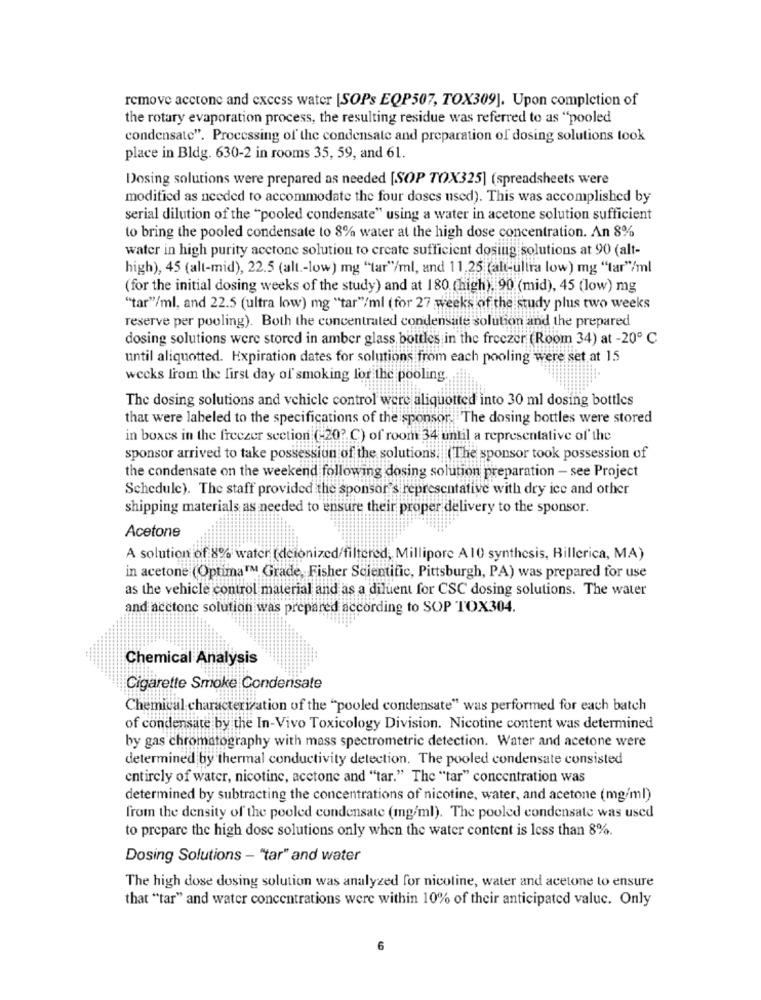
remove acetone and excess water [SOPs EQP507, TOX309]. Upon completion of
the rotary evaporation process, the resulting residue was referred to as "pooled
condensate". Processing of the condensate and preparation of dosing solutions took
place in Bldg. 630-2 in rooms 35, 59, and 61.
Dosing solutions were prepared as needed [SOP TOX325] (spreadsheets were
modified as needed to accommodate the four doses used). This was accomplished by
serial dilution of the "pooled condensate" using a water in acetone solution sufficient
to bring the pooled condensate to 8% water at the high dose concentration. An 8%
water in high purity acetone solution to create sufficient dosing solutions at 90 (alt-
high), 45 (alt-mid), 22.5 (alt .- low) mg "tar"/ml, and 11,25 (alt-ultra low) mg "tar"/ml
(for the initial dosing weeks of the study) and at 180 (high), 90 (mid), 45 (low) mg
"tar"/ml, and 22.5 (ultra low) mg "tar"/ml ( for 27 weeks of the study plus two weeks
reserve per pooling). Both the concentrated condensate solution and the prepared
dosing solutions were stored in amber glass bottles in the freezer (Room 34) at -20º C
until aliquotted. Expiration dates for solutions from each pooling were set at 15
wecks from the first day of smoking for the pooling.
The dosing solutions and vehicle control were aliquotted into 30 ml dosing bottles
that were labeled to the specifications of the sponsor. The dosing bottles were stored
in boxes in the freezer section (-20? C) of room 34 until a representative of the
sponsor arrived to take possession of the solutions. The sponsor took possession of
the condensate on the weekend following dosing solution preparation - see Project
Schedule). The staff provided the sponsor's representative with dry ice and other
shipping materials as needed to ensure their proper delivery to the sponsor.
Acetone
A solution of 8% water (deionized/filtered, Millipore A10 synthesis, Billerica, MA)
in acetone (OptimaIM Grade, Fisher Scientific, Pittsburgh, PA) was prepared for use
as the vehicle control material and as a diluent for CSC dosing solutions. The water
and acctone solution was prepared according to SOP TOX304.
Chemical Analysis
Cigarette Smoke Condensate
Chemical characterization of the "pooled condensate" was performed for each batch
of condensate by the In-Vivo Toxicology Division. Nicotine content was determined
by gas chromatography with mass spectrometric detection. Water and acetone were
determined by thermal conductivity detection. The pooled condensate consisted
entirely of water, nicotine, acetone and "tar." The "tar" concentration was
determined by subtracting the concentrations of nicotine, water, and acetone (mg/ml)
from the density of the pooled condensate (mg/ml). The pooled condensate was used
to prepare the high dose solutions only when the water content is less than 8%.
Dosing Solutions - "tar" and water
The high dose dosing solution was analyzed for nicoline, water and acetone to ensure
that "tar" and water concentrations were within 10% of their anticipated valuc. Only